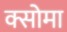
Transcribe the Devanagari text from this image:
क्सोमा